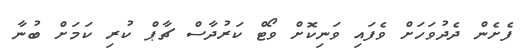
ފެށެން ދެދުވަހަށް ވެފައި ވަނިކޮށް ވޯޓް ކަރުދާސް ޗާޕް ކުރި ކަމަށް ބުނާ